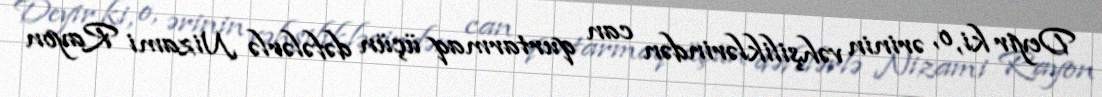
Deyir ki, o, ərinin vəhşiliklərindən can qurtarmaq üçün dəfələrlə Nizami Rayon